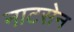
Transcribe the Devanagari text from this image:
नाटसेन